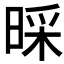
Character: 𣈄